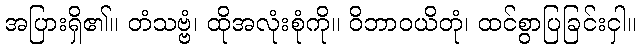
အပြားရှိ၏။ တံသဗ္ဗံ၊ ထိုအလုံးစုံကို။ ဝိဘာဝယိတုံ၊ ထင်စွာပြခြင်းငှါ။